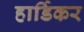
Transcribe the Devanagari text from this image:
हार्डिकर